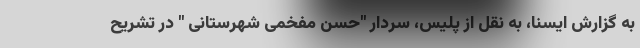
به گزارش ایسنا، به نقل از پلیس، سردار "حسن مفخمی شهرستانی " در تشریح